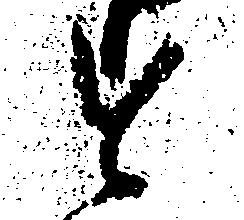
す